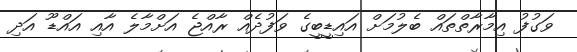
ވަގުފު އިމާރާތްތައް ބެލުމަށް އައިޑީބީގެ ވަފުދެއް ރާއްޖެ އަށްމާލެ އާއި އައްޑޫ އަދި